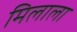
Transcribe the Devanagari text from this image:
मिलाला